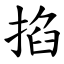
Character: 掐